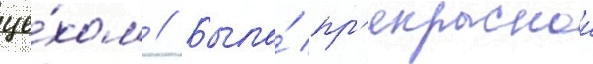
це́хом // Была́ пр'екраснои